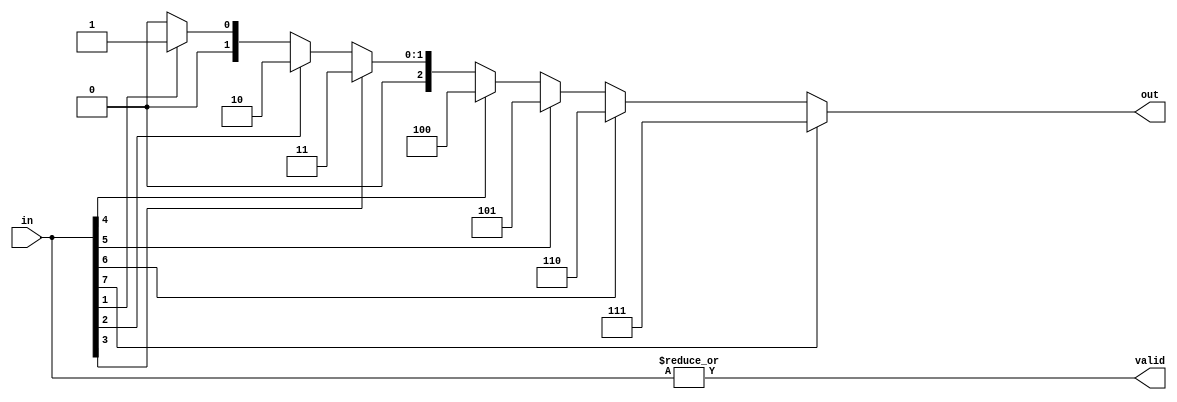
// This is a buggy 8-input priority encoder
module priorityEncoder8(input [7:0]in, output [2:0] out, output valid);
  assign out = in[7] ? 3'b111 : in[6] ? 3'b110 : in[5] ? 3'b101 : in[4] ? 3'b100 : 
    in[3] ? 3'b011 : in[2] ? 3'b010 : in[1] ? 3'b001 : in[0] ? 3'b000 : 3'b000;
  assign valid = |in;
endmodule

//16 bit encoder which uses 8 bit encoders
module priorityEncoder16(input [15:0] in, output [3:0] out, output valid);
  
  //Outputs for both the most and least significant halves
  wire[2:0] mostSignificantOut;
  wire[2:0] leastSignificantOut;
  
  wire MSValidity; //valid wire of most significant half
  wire LSValidity; //valid wire of least significant half
  
  //Creates 8 bit priority encoder to encode the most significant half
  //of the 16 bit input. The three bit output is assigned to mostSignificantOut and 
  //the validity is assigned to MSValidity
  priorityEncoder8 mostSignificantHalf(in[15:8], mostSignificantOut, MSValidity);
  
  //8 bit priority encoder to encode least significant half of 
  //16 bit input. The three bit output is assigned to leastSignificantOut and
  //the validity is assigned to LSValidity
  priorityEncoder8 leastSignificantHalf(in[7:0], leastSignificantOut, LSValidity);
  
  
  assign valid = MSValidity | LSValidity;
  
  //If tempOut1 is 000 it means the input was either 00000001 or 00000000. If it is valid, it means
  //the input was the former. If it isn't valid, it was the latter. 
  assign out = (!(|mostSignificantOut))? (MSValidity? 4'b1000 : 4'b0000 + leastSignificantOut) : 
    4'b1000 + mostSignificantOut;
  
endmodule
  
module priorityEncoder32(input [31:0] in, output[4:0] out, output valid);
  
  wire[3:0] mostSignificantOut;
  wire[3:0] leastSignificantOut;
  
  wire MSValidity;
  wire LSValidity;
  
  priorityEncoder16 mostSignificantHalf(in[31:16], mostSignificantOut, MSValidity);
  
  priorityEncoder16 leastSignificantHalf(in[15:0], leastSignificantOut, LSValidity);
  
  assign valid = MSValidity | LSValidity;
  
  assign out = (!(|mostSignificantOut))? (MSValidity? 5'b10000 : 5'b00000 + leastSignificantOut) :
    5'b10000 + mostSignificantOut;
endmodule